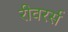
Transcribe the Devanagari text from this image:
रीवरर्स